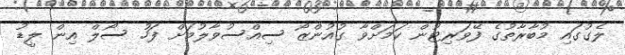
ލެގުގައި މުބާރާތުގެ ފޭވަރިޓުން ކަމަށްވާ ގުއުންޒޯ ސިއްސުވާލުމަށް ފަހު ސޯލް އިން ލީޑު